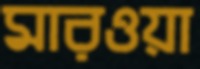
মারওয়া